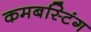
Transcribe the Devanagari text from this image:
कमबस्टिंग